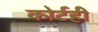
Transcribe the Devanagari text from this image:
कोर्टही